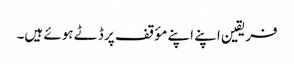
فریقین اپنے اپنے مؤقف پر ڈٹے ہوئے ہیں۔